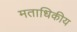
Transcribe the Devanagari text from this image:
मताधिकीय